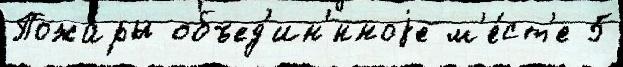
Пожа́ры объед'ин'́нноjе м'е́ст'е 5